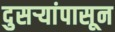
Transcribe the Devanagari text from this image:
दुसऱ्यांपासून